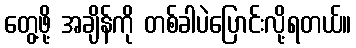
တွေ့ဖို့ အချိန်ကို တစ်ခါပဲပြောင်းလို့ရတယ်။